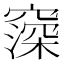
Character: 𬔒